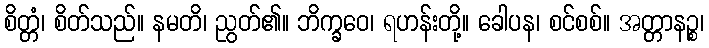
စိတ္တံ၊ စိတ်သည်။ နမတိ၊ ညွတ်၏။ ဘိက္ခဝေ၊ ရဟန်းတို့။ ခေါပန၊ စင်စစ်။ အတ္တာနဉ္စ၊